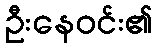
ဦးနေဝင်း၏